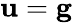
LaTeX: {\mathbf u}={\mathbf g}